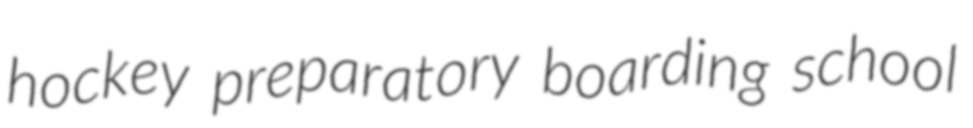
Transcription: hockey preparatory boarding school